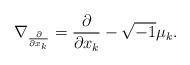
\begin{align*}\nabla_{\frac{\partial}{\partial x_k}}= \frac{\partial}{\partial x_k} - \sqrt{-1} \mu_k .\end{align*}